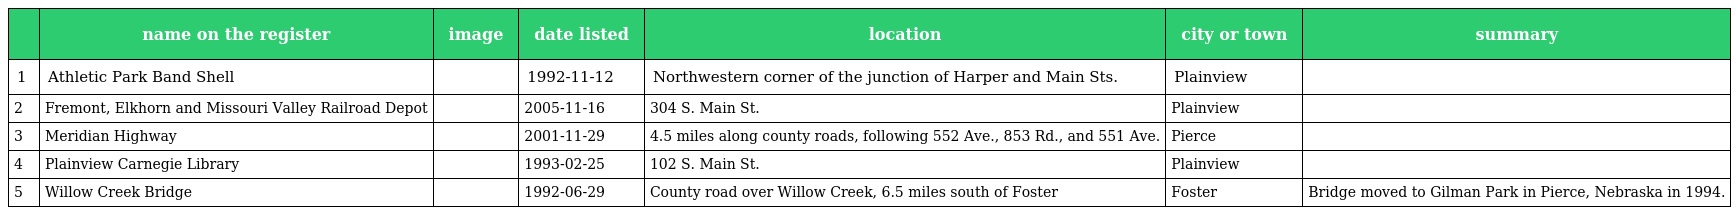
|  | name on the register | image | date listed | location | city or town | summary |
 | --- | --- | --- | --- | --- | --- | --- |
 | 1 | Athletic Park Band Shell |  | 1992-11-12 | Northwestern corner of the junction of Harper and Main Sts. | Plainview |  |
 | 2 | Fremont, Elkhorn and Missouri Valley Railroad Depot |  | 2005-11-16 | 304 S. Main St. | Plainview |  |
 | 3 | Meridian Highway |  | 2001-11-29 | 4.5 miles along county roads, following 552 Ave., 853 Rd., and 551 Ave. | Pierce |  |
 | 4 | Plainview Carnegie Library |  | 1993-02-25 | 102 S. Main St. | Plainview |  |
 | 5 | Willow Creek Bridge |  | 1992-06-29 | County road over Willow Creek, 6.5 miles south of Foster | Foster | Bridge moved to Gilman Park in Pierce, Nebraska in 1994. |